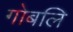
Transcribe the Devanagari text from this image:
गोबलि